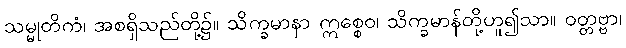
သမ္မုတိကံ၊ အစရှိသည်တို့၌။ သိက္ခမာနာ ဣစ္စေဝ၊ သိက္ခမာန်တို့ဟူ၍သာ။ ဝတ္တဗ္ဗာ၊